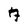
Character: 7